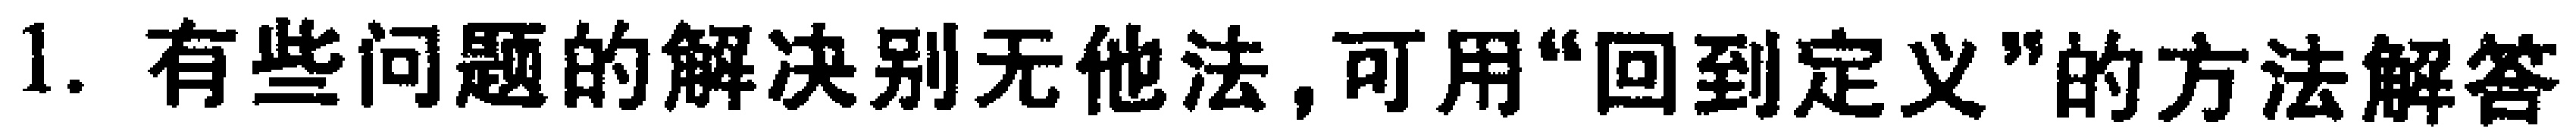
1. 有些问题的解决别无他法，可用“回到定义”的方法解答